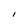
Character: I